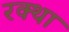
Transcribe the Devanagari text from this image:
रक्था